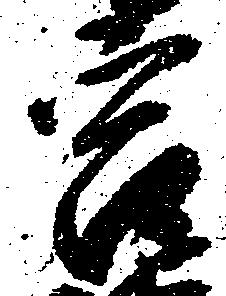
宮